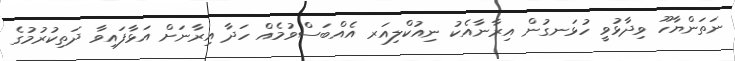
ނަތަންޔާހޫ ވިދާޅުވީ ހުޅަނގުން އިރާނާއެކު ނިއުކްލިއަރ އެއްބަސްވުމެއް ހަދާ އިރާނަށް އަޅާފައިވާ ދަތިކުރުމުގެ